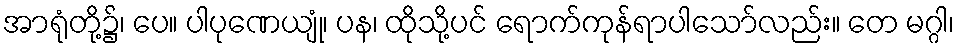
အာရုံတို့၌၊ ပေ။ ပါပုဏေယျုံ၊ ပန၊ ထိုသို့ပင် ရောက်ကုန်ရာပါသော်လည်း။ တေ မဂ္ဂါ၊